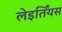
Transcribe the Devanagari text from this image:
लेइर्तिंयस